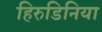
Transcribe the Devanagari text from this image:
हिरुडिनिया